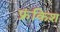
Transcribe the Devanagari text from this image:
फ्रंकिश